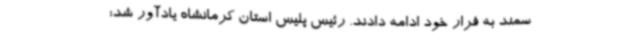
سمند به فرار خود ادامه دادند. رئیس پلیس استان کرمانشاه یادآور شد: